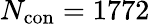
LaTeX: N_{\mathrm{con}}=1772